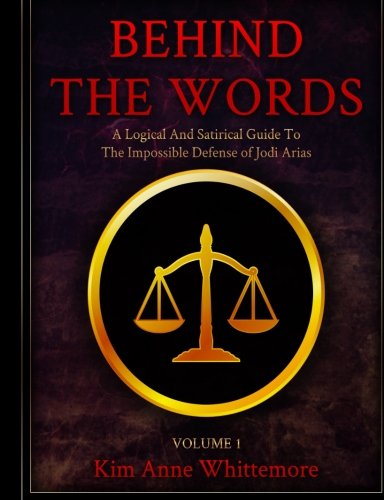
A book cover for Behind The Words: A Logical and Satirical Guide to the Impossible Defense of Jodi Arias (Volume 1); Kim Anne Whittemore; Biographies & Memoirs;